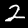
Digit: 2